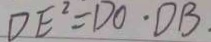
D E ^ { 2 } = D O \cdot D B .